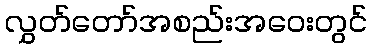
လွှတ်တော်အစည်းအဝေးတွင်